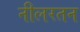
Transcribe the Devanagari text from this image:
नीलरतन